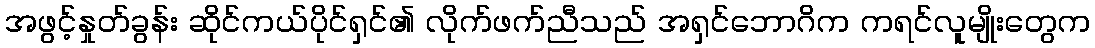
အဖွင့်နှုတ်ခွန်း ဆိုင်ကယ်ပိုင်ရှင်၏ လိုက်ဖက်ညီသည် အရှင်ဘောဂိက ကရင်လူမျိုးတွေက